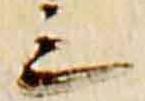
三